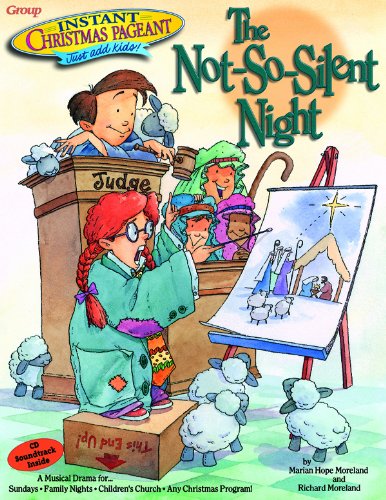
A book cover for Instant Christmas Pageant: The Not So Silent Night; Marian Hope Moreland; Literature & Fiction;